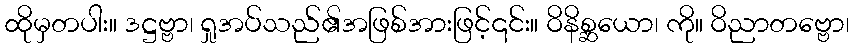
ထိုမှတပါး။ ဒဋ္ဌဗ္ဗာ၊ ရှုအပ်သည်၏အဖြစ်အားဖြင့်၎င်း။ ဝိနိစ္ဆယော၊ ကို။ ဝိညာတဗ္ဗော၊